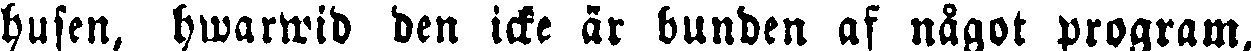
husen, hwarwid den icke är bunden af något program,